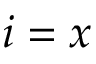
i = x